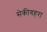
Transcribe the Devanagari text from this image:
सेकीगहरा